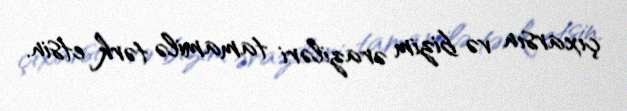
çıxarsın və bizim əraziləri tamamilə tərk etsin.